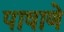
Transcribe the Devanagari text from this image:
पाषाणे